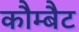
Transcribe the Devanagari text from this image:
कौम्बैट